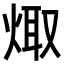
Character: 𭴻